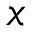
x